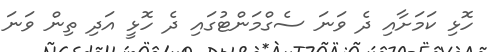
ހޮޅި ކަމަށާއި ދެ ވަނަ ސެގްމަންޓުގައި ދެ ހޮޅީ އަދި ތިން ވަނަ